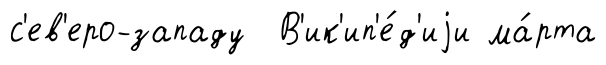
с'ев'еро-западу В'ик'ип'е́д'иjи ма́рта